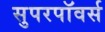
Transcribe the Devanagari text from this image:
सुपरपॉवर्स